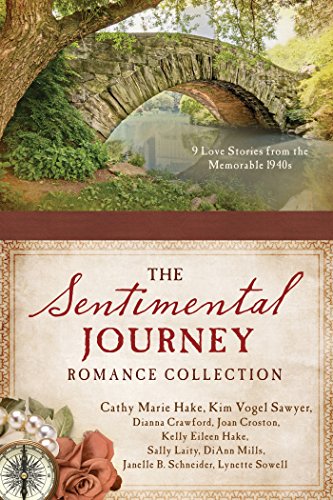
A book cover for Sentimental Journey Romance Collection; Dianna Crawford; Romance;